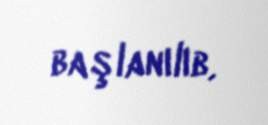
başlanılıb.